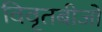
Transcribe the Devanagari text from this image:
विवृतबीजों